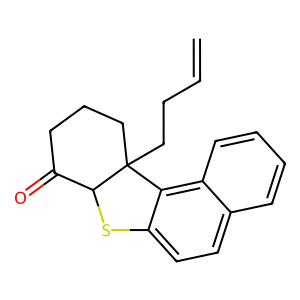
SMILES: C=CCCC12CCCC(=O)C1Sc1ccc3ccccc3c12
Inhibits HIV replication: No